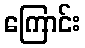
ကြောင်း